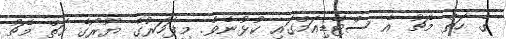
ގެ ހަތް މެޗު އެ ސްޓޭޑިއަމްގައި ކުޅުނެވެ. މިފަހަރުގެ ޔޫރޯގެ ހަތް މެޗު